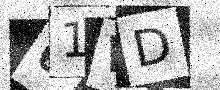
Text: 61WD